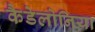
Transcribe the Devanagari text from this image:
कैडेलोनिया